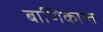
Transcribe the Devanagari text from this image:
बाणिकान्त